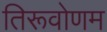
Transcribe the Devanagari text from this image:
तिरूवोणम